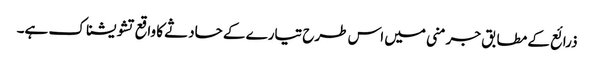
ذرائع کے مطابق جرمنی میں اس طرح تیارے کے حادثے کا واقع تشویشناک ہے۔